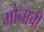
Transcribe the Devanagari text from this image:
मौनाची